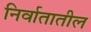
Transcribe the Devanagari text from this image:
निर्वातातील